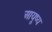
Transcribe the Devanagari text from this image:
आयूष्य